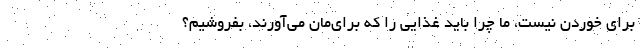
برای خوردن نیست، ما چرا باید غذایی را که برای‌مان می‌آورند، بفروشیم؟